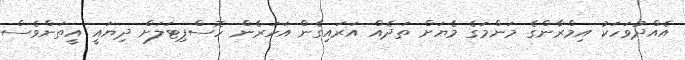
އެއްދުވަހަކު އިމްރާންގެ މަންމަގެ މެޔަށް ތަދެއް އަރައިގެން އަހަރެން ހޮސްޕިޓަލަށް ދިޔައީ އީތަންވެސް